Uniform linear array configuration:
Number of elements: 8
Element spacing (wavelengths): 1
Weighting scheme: kaiser
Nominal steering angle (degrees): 60
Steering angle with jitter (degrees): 60.099
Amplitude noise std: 0.05
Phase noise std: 0.05

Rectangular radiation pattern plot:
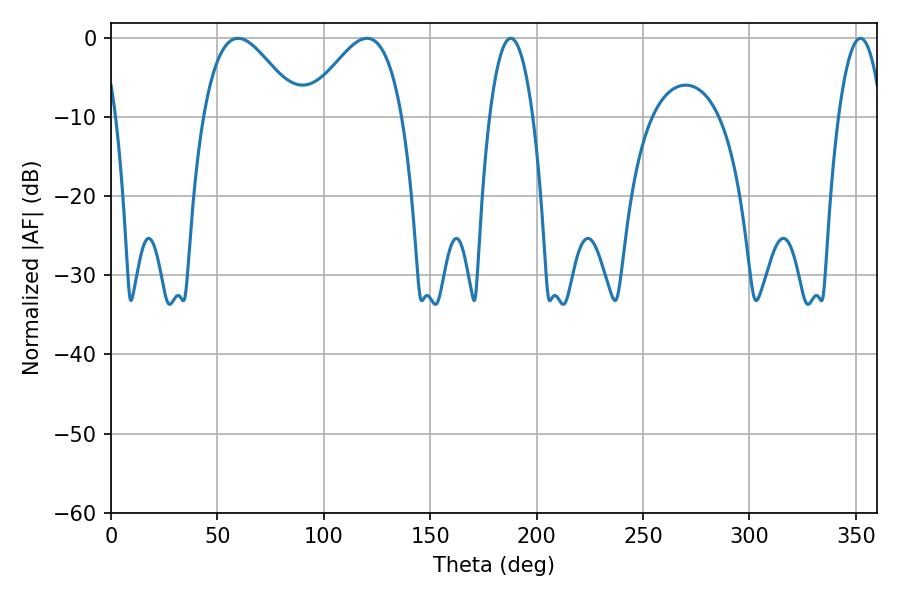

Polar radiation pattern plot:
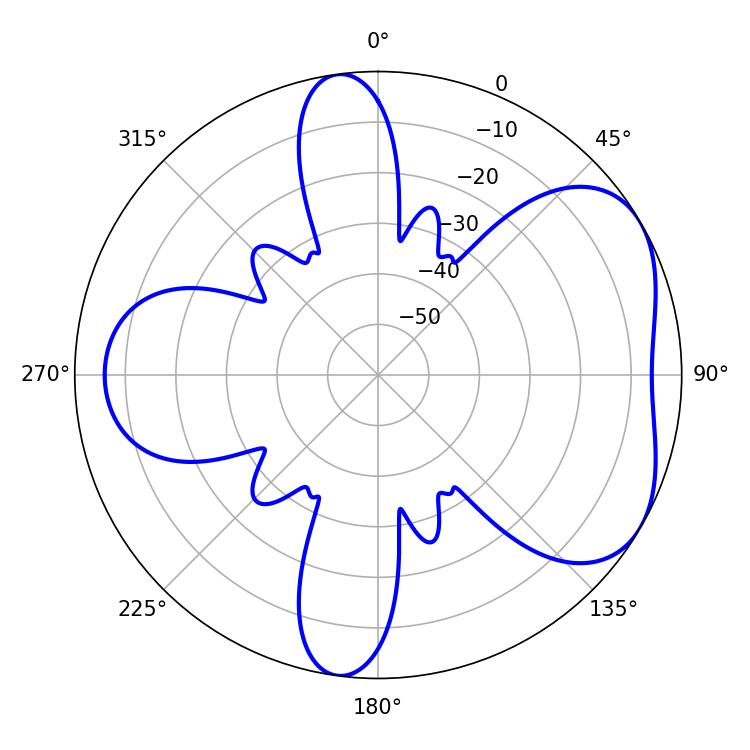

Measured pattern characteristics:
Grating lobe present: TRUE
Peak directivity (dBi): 4.92
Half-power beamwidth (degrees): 24.3
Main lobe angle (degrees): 59.76